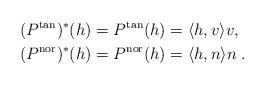
LaTeX: \begin{align*}&(P^{\operatorname{tan}})^*(h)=P^{\operatorname{tan}}(h)=\langle h,v\rangle v,\\&(P^{\operatorname{nor}})^*(h)=P^{\operatorname{nor}}(h)=\langle h,n\rangle n\;.\end{align*}